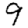
Digit: 9